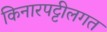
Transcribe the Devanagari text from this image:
किनारपट्टीलगत